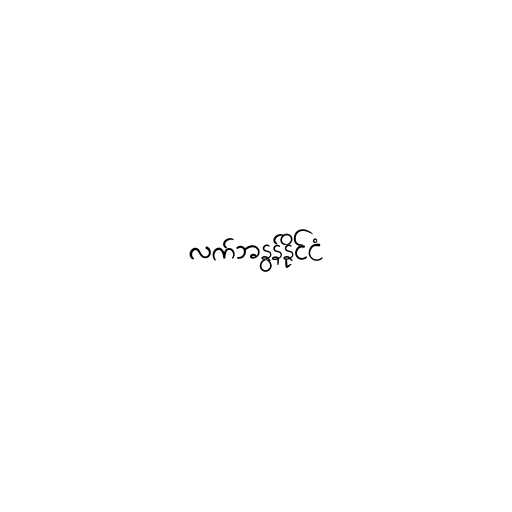
လက်ဘနွန်နိုင်ငံ